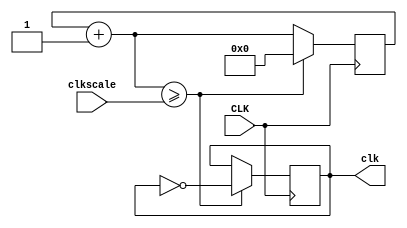
// Crystal Clock Oscillator  clock.v
// c 2012 Embedded Design using Programmable Gate Arrays  Dennis Silage

module clock(input CLK, input [31:0] clkscale, output reg clk);
									// CLK crystal clock oscillator 100 MHz
reg [31:0] clkq = 0;			// clock register, initial value of 0
	
always@(posedge CLK)
	begin
		clkq=clkq+1;			// increment clock register
			if (clkq>=clkscale)  	// clock scaling
				begin
					clk=~clk;	// output clock
					clkq=0;		// reset clock register
				end
	 end

endmodule